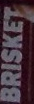
BRISKET